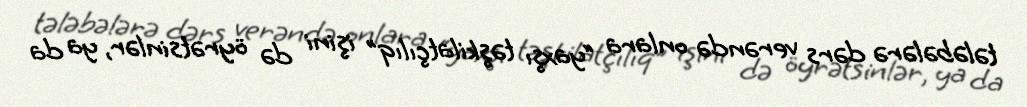
tələbələrə dərs verəndə onlara “yaxşı təşkilatçılıq” işini də öyrətsinlər, ya da